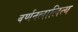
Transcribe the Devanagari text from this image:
वर्णनलालित्य